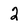
Character: 2